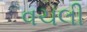
વચલી